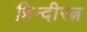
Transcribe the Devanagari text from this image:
हिन्दीरत्न